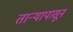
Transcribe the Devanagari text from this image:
तार्‍यापासून